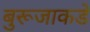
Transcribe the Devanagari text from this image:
बुरूजाकडे